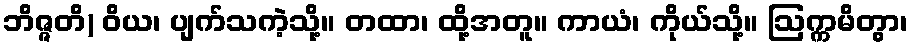
ဘိဇ္ဇတိ) ဝိယ၊ ပျက်သကဲ့သို့။ တထာ၊ ထို့အတူ။ ကာယံ၊ ကိုယ်သို့။ ဩက္ကမိတွာ၊